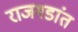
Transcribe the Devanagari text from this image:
राजगडांत